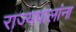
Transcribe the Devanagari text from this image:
राज्यपालांना